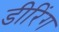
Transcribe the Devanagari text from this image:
डीरिंग